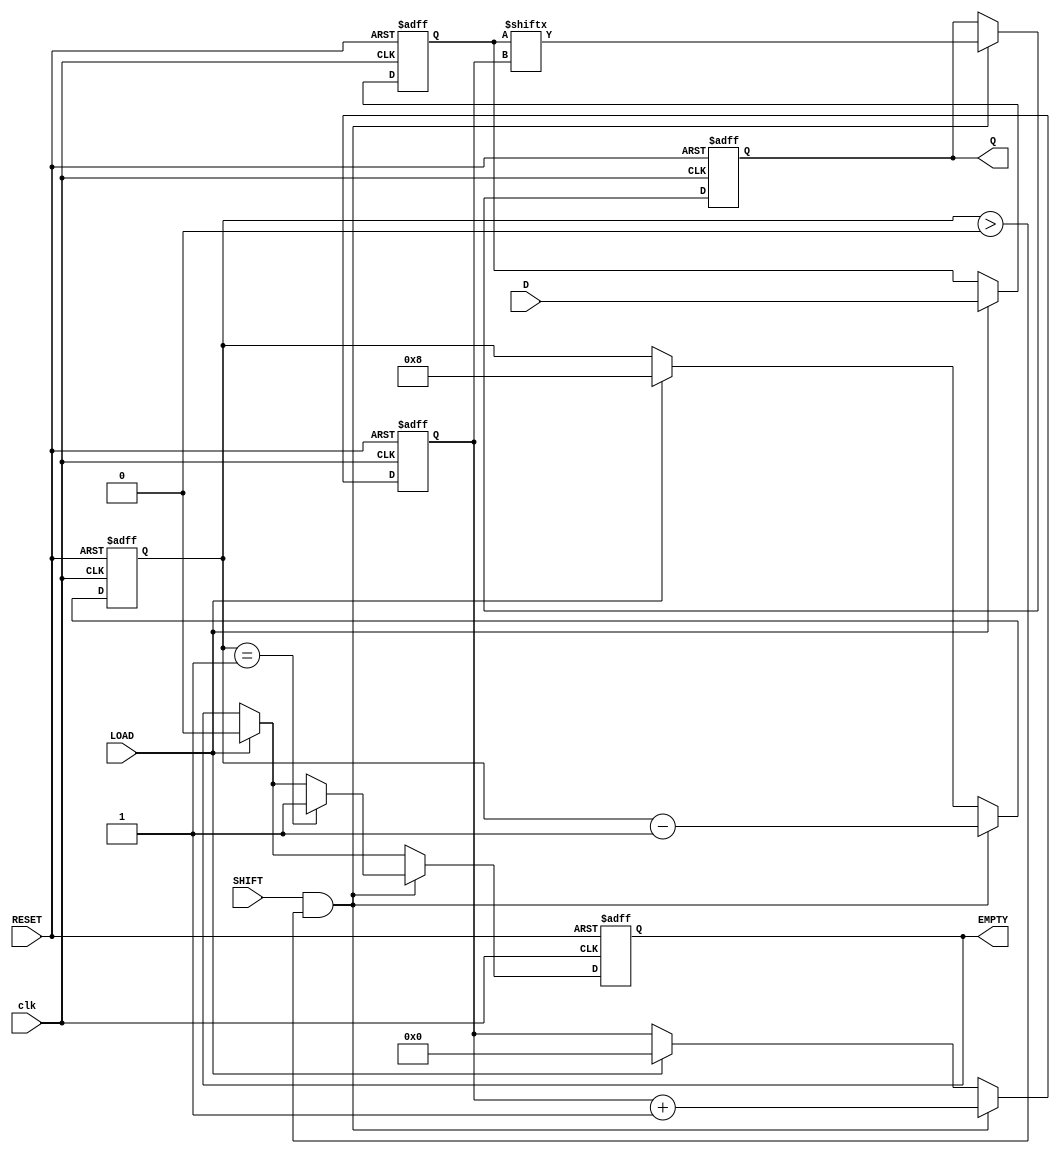
module FIFO_PISO #(
    parameter WIDTH = 8 // Width of the data input
)(
    input wire [WIDTH-1:0] D,      // Parallel data input
    input wire LOAD,                // Load signal
    input wire SHIFT,               // Shift signal
    input wire RESET,               // Reset signal
    input wire clk,                 // Clock signal
    output reg Q,                   // Serial output
    output reg EMPTY                // Empty flag
);

    reg [WIDTH-1:0] shift_reg;      // Shift register to hold data
    reg [3:0] count;                 // Counter to track number of bits loaded
    reg [3:0] index;                 // Index for shifting out data

    // Asynchronous reset
    always @(posedge clk or posedge RESET) begin
        if (RESET) begin
            shift_reg <= 0;          // Clear the shift register
            count <= 0;              // Reset count
            index <= 0;              // Reset index
            Q <= 0;                  // Clear output
            EMPTY <= 1;              // Set EMPTY flag
        end else begin
            // Load data into the shift register
            if (LOAD) begin
                shift_reg <= D;       // Load data into the shift register
                count <= WIDTH;       // Set count to WIDTH
                index <= 0;           // Reset index for shifting
                EMPTY <= 0;           // Clear EMPTY flag
            end
            
            // Shift data out serially
            if (SHIFT && count > 0) begin
                Q <= shift_reg[index]; // Output the current bit
                index <= index + 1;     // Move to the next bit
                count <= count - 1;     // Decrease count
                if (count == 1) begin
                    EMPTY <= 1;          // Set EMPTY flag if no more data
                end
            end
        end
    end

endmodule